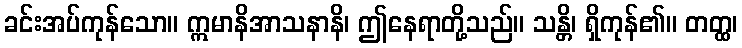
ခင်းအပ်ကုန်သော။ ဣမာနိအာသနာနိ၊ ဤနေရာတို့သည်။ သန္တိ၊ ရှိကုန်၏။ တတ္ထ၊